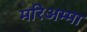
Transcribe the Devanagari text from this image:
मरिअम्मा